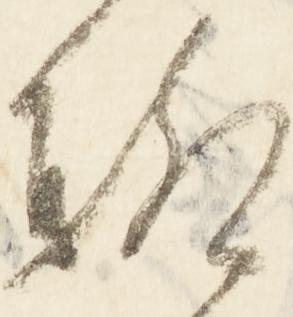
聊